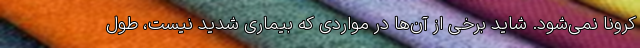
کرونا نمی‌شود. شاید برخی از آن‌ها در مواردی که بیماری شدید نیست، طول